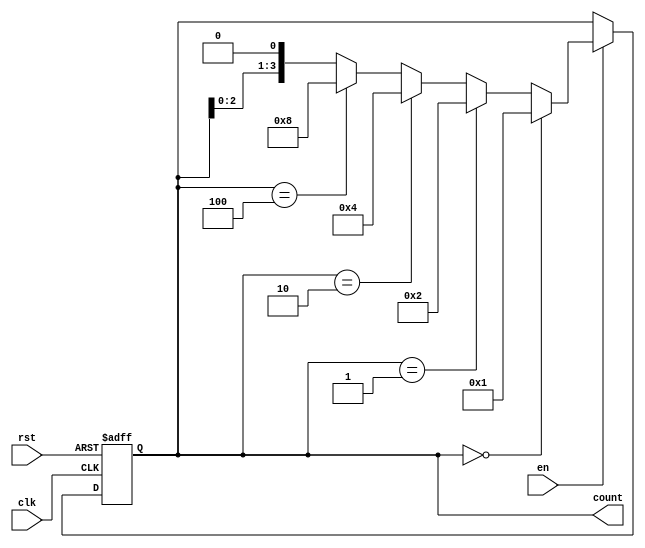
module Ring_Counter_with_Enable (
    input wire clk,
    input wire rst,
    input wire en,
    output reg [3:0] count
);

reg [3:0] next_count;

always @(posedge clk or posedge rst) begin
    if (rst) begin
        count <= 4'b0000;
    end else begin
        if (en) begin
            count <= next_count;
        end
    end
end

always @(*) begin
    if (en) begin
        if (count == 4'b0000) begin
            next_count = 4'b0001;
        end else if (count == 4'b0001) begin
            next_count = 4'b0010;
        end else if (count == 4'b0010) begin
            next_count = 4'b0100;
        end else if (count == 4'b0100) begin
            next_count = 4'b1000;
        end else begin
            next_count = count << 1;
        end
    end else begin
        next_count = count;
    end
end

endmodule